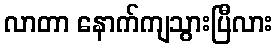
လာတာ နောက်ကျသွားပြီလား